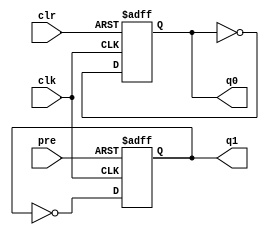
module top(input clk, clr, pre, output reg q0 = 1'b0, output reg q1 = 1'b1);
always @(posedge clk or posedge clr)
    if (clr)
        q0 <= 1'b0;
    else
        q0 <= ~q0;
always @(posedge clk or posedge pre)
    if (pre)
        q1 <= 1'b1;
    else
        q1 <= ~q1;
endmodule